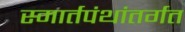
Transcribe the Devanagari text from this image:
स्मार्तपंथांतर्गत